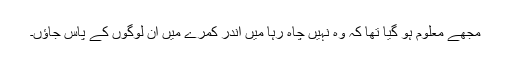
مجھے معلوم ہو گیا تھا کہ وہ نہیں چاہ رہا میں اندر کمرے میں ان لوگوں کے پاس جاؤں۔